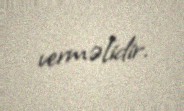
verməlidir.